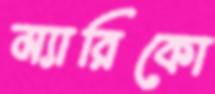
ম্যারিকো